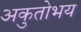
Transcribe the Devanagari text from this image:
अकुतोभय